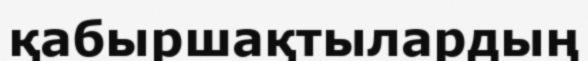
қабыршақтылардың